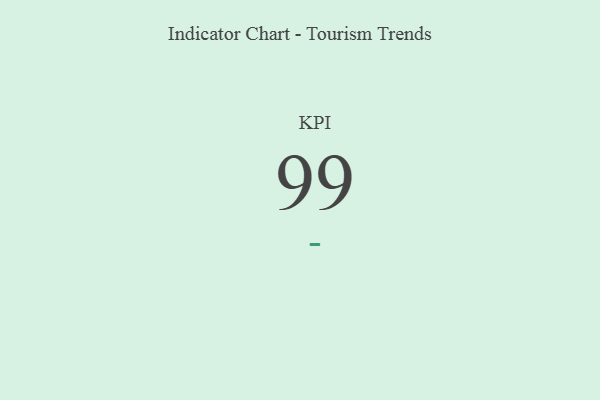
{"axis": {"x": "KPI", "y": "Value"}, "legend": [""], "data": [{"x": "KPI", "y": 99, "type": ""}]}